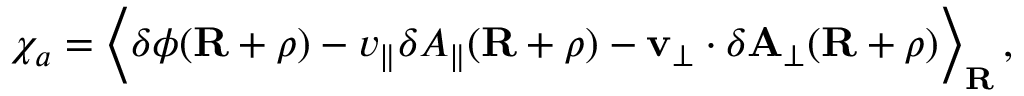
\begin{array} { r } { \chi _ { a } = \biggl \langle \delta \phi ( \mathbf { R } + \boldsymbol { \rho } ) - v _ { \parallel } \delta A _ { \parallel } ( \mathbf { R } + \boldsymbol { \rho } ) - \mathbf { v } _ { \perp } \cdot \delta \mathbf { A } _ { \perp } ( \mathbf { R } + \boldsymbol { \rho } ) \biggr \rangle _ { \mathbf { R } } \, , } \end{array}